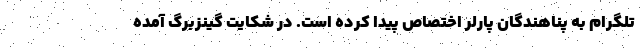
تلگرام به پناهندگان پارلر اختصاص پیدا کرده است. در شکایت گینزبرگ آمده